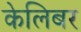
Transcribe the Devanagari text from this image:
केलिबर